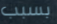
بسبب